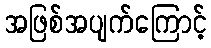
အဖြစ်အပျက်ကြောင့်